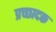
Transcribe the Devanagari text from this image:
प्रच्छादक